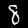
Label: 8